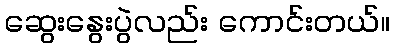
ဆွေးနွေးပွဲလည်း ကောင်းတယ်။